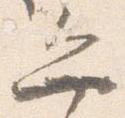
弁